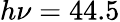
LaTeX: h\nu=44.5